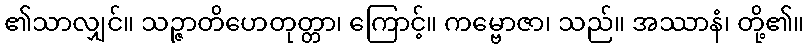
၏သာလျှင်။ သဉ္ဇာတိဟေတုတ္တာ၊ ကြောင့်။ ကမ္ဗောဇာ၊ သည်။ အဿာနံ၊ တို့၏။